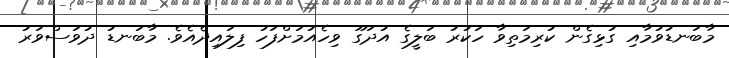
މާބަނޑުވުމާއި ގުޅިގެން ކުރިމަތިވާ ހަކުރު ބަލީގެ އުދަގޫ ވިހެއުމަށްފަހު ފިލައިދެއެވެ. މާބަނޑު ދުވަސްވަރު